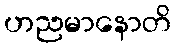
ဟညမာနောတိ